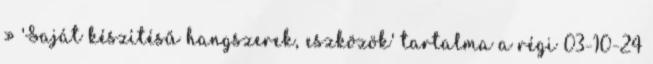
» 'Saját készítésű hangszerek, eszközök' tartalma a régi 03-10-24